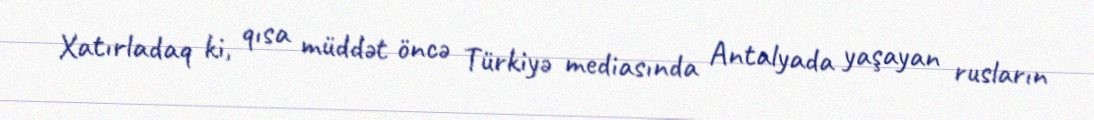
Xatırladaq ki, qısa müddət öncə Türkiyə mediasında Antalyada yaşayan rusların